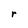
Character: r